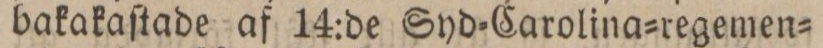
bakakaſtade af 14:de Syd=Carolina=regemen=